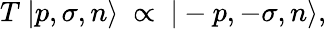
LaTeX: T\ |p,\sigma,n\rangle\ \propto\ |-p,-\sigma,n\rangle,